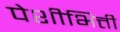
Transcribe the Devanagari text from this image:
पेशीभित्ती